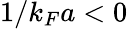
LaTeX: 1/k_{F}a<0